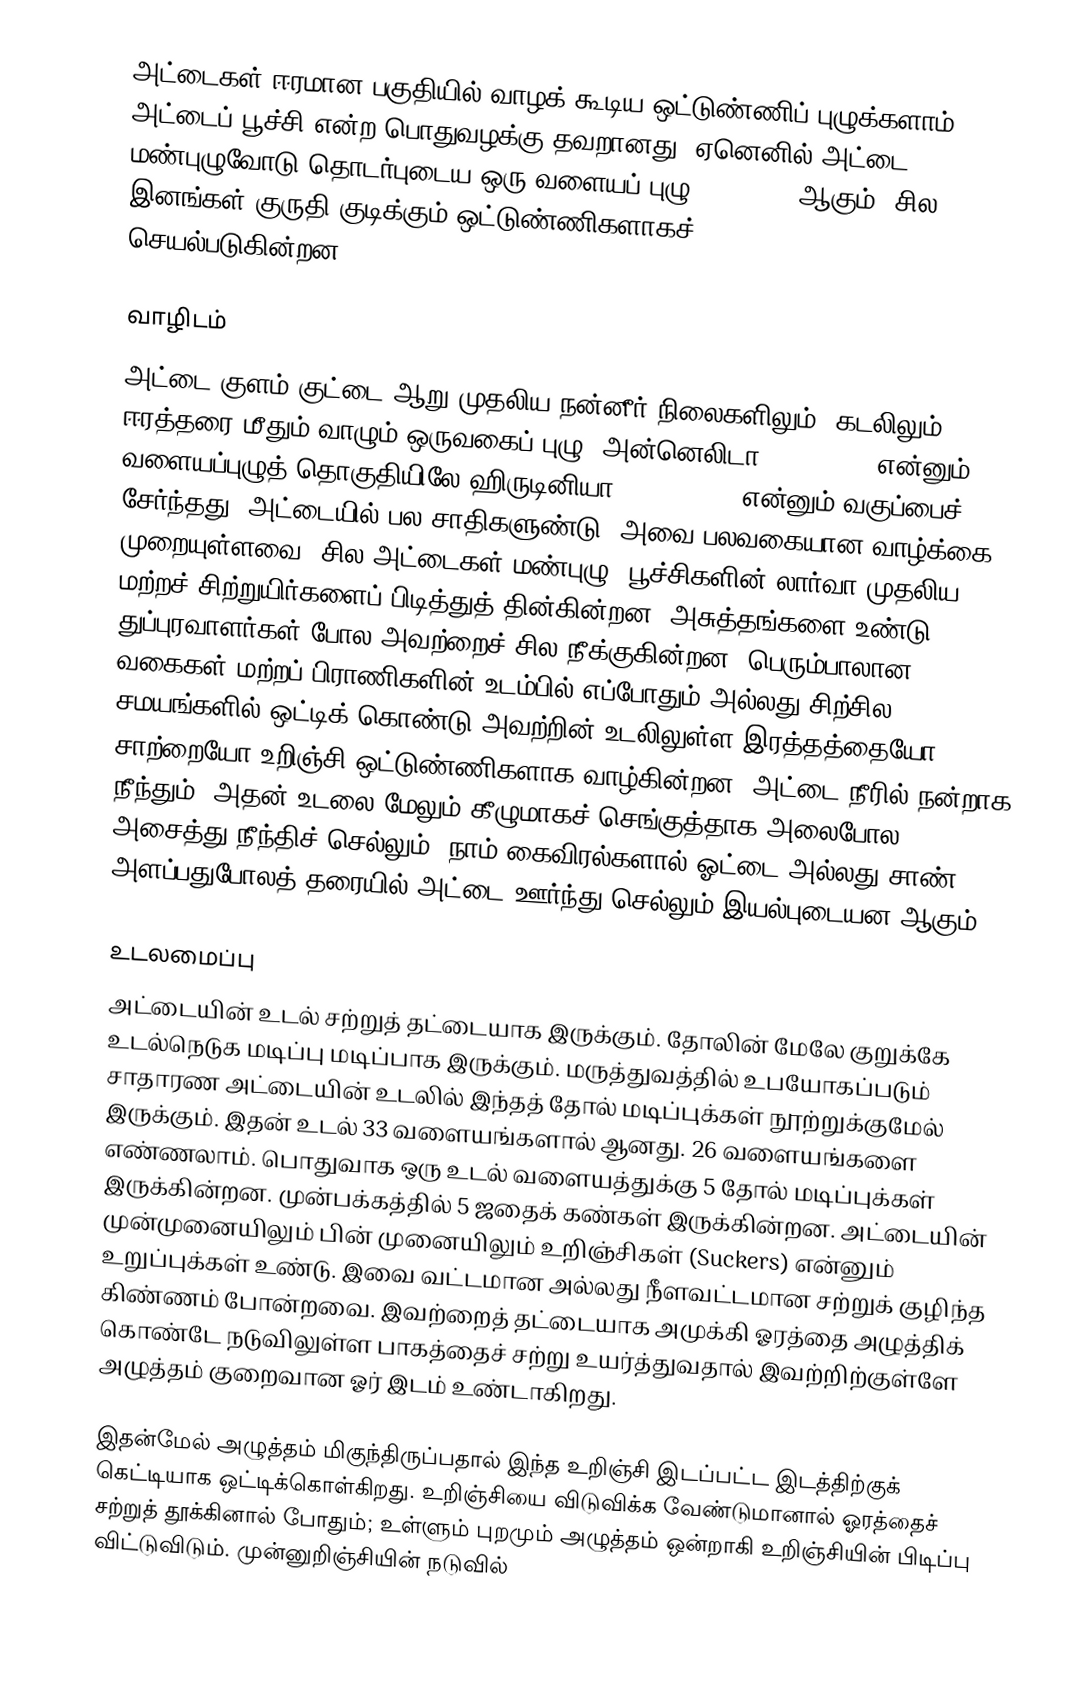
அட்டைகள்  ஈரமான பகுதியில் வாழக் கூடிய ஒட்டுண்ணிப் புழுக்களாம். அட்டைப் பூச்சி என்ற பொதுவழக்கு தவறானது. ஏனெனில்  அட்டை மண்புழுவோடு தொடர்புடைய ஒரு வளையப் புழு (annelid) ஆகும். சில இனங்கள் குருதி குடிக்கும் ஒட்டுண்ணிகளாகச் (haemophagic parasite) செயல்படுகின்றன.

வாழிடம்
அட்டை குளம் குட்டை ஆறு முதலிய நன்னீர் நிலைகளிலும், கடலிலும், ஈரத்தரை மீதும் வாழும் ஒருவகைப் புழு. அன்னெலிடா (Annelida) என்னும் வளையப்புழுத் தொகுதியிலே ஹிருடினியா (Hirudinea) என்னும் வகுப்பைச் சேர்ந்தது. அட்டையில் பல சாதிகளுண்டு. அவை பலவகையான வாழ்க்கை முறையுள்ளவை. சில அட்டைகள் மண்புழு, பூச்சிகளின் லார்வா முதலிய மற்றச் சிற்றுயிர்களைப் பிடித்துத் தின்கின்றன. அசுத்தங்களை உண்டு துப்புரவாளர்கள் போல அவற்றைச் சில நீக்குகின்றன. பெரும்பாலான வகைகள் மற்றப் பிராணிகளின் உடம்பில் எப்போதும் அல்லது சிற்சில சமயங்களில் ஒட்டிக் கொண்டு அவற்றின் உடலிலுள்ள இரத்தத்தையோ சாற்றையோ உறிஞ்சி ஒட்டுண்ணிகளாக வாழ்கின்றன. அட்டை நீரில் நன்றாக நீந்தும். அதன் உடலை மேலும் கீழுமாகச் செங்குத்தாக அலைபோல அசைத்து நீந்திச் செல்லும். நாம் கைவிரல்களால் ஓட்டை அல்லது சாண் அளப்பதுபோலத் தரையில் அட்டை ஊர்ந்து செல்லும் இயல்புடையன ஆகும்.

உடலமைப்பு
அட்டையின் உடல் சற்றுத் தட்டையாக இருக்கும். தோலின் மேலே குறுக்கே உடல்நெடுக மடிப்பு மடிப்பாக இருக்கும். மருத்துவத்தில் உபயோகப்படும் சாதாரண அட்டையின் உடலில் இந்தத் தோல் மடிப்புக்கள் நூற்றுக்குமேல் இருக்கும். இதன் உடல் 33 வளையங்களால் ஆனது. 26 வளையங்களை எண்ணலாம். பொதுவாக ஒரு உடல் வளையத்துக்கு 5 தோல் மடிப்புக்கள் இருக்கின்றன. முன்பக்கத்தில் 5 ஜதைக் கண்கள் இருக்கின்றன. அட்டையின் முன்முனையிலும் பின் முனையிலும் உறிஞ்சிகள் (Suckers) என்னும் உறுப்புக்கள் உண்டு. இவை வட்டமான அல்லது நீளவட்டமான சற்றுக் குழிந்த கிண்ணம் போன்றவை. இவற்றைத் தட்டையாக அமுக்கி ஓரத்தை அழுத்திக் கொண்டே நடுவிலுள்ள பாகத்தைச் சற்று உயர்த்துவதால் இவற்றிற்குள்ளே அழுத்தம் குறைவான ஓர் இடம் உண்டாகிறது.

இதன்மேல் அழுத்தம் மிகுந்திருப்பதால் இந்த உறிஞ்சி இடப்பட்ட இடத்திற்குக் கெட்டியாக ஒட்டிக்கொள்கிறது. உறிஞ்சியை விடுவிக்க வேண்டுமானால் ஓரத்தைச் சற்றுத் தூக்கினால் போதும்; உள்ளும் புறமும் அழுத்தம் ஒன்றாகி உறிஞ்சியின் பிடிப்பு விட்டுவிடும். முன்னுறிஞ்சியின் நடுவில்